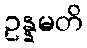
ဥန္နမတိ